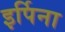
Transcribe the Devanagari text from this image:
इर्पिना